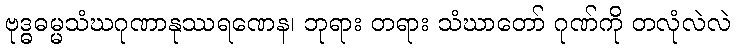
ဗုဒ္ဓဓမ္မသံဃဂုဏာနုဿရဏေန၊ ဘုရား တရား သံဃာတော် ဂုဏ်ကို တလုံလဲလဲ